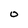
Character: O